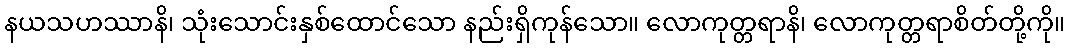
နယသဟဿာနိ၊ သုံးသောင်းနှစ်ထောင်သော နည်းရှိကုန်သော။ လောကုတ္တရာနိ၊ လောကုတ္တရာစိတ်တို့ကို။